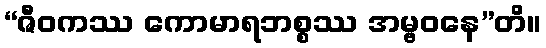
“ဇီဝကဿ ကောမာရဘစ္စဿ အမ္ဗဝနေ”တိ။